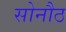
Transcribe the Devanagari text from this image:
सोनौठ